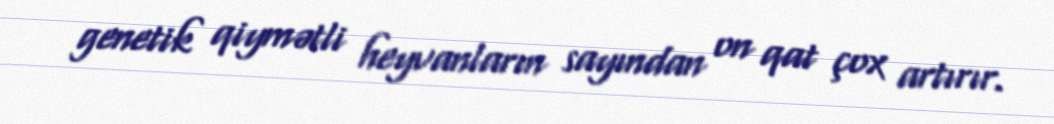
genetik qiymətli heyvanların sayından on qat çox artırır.